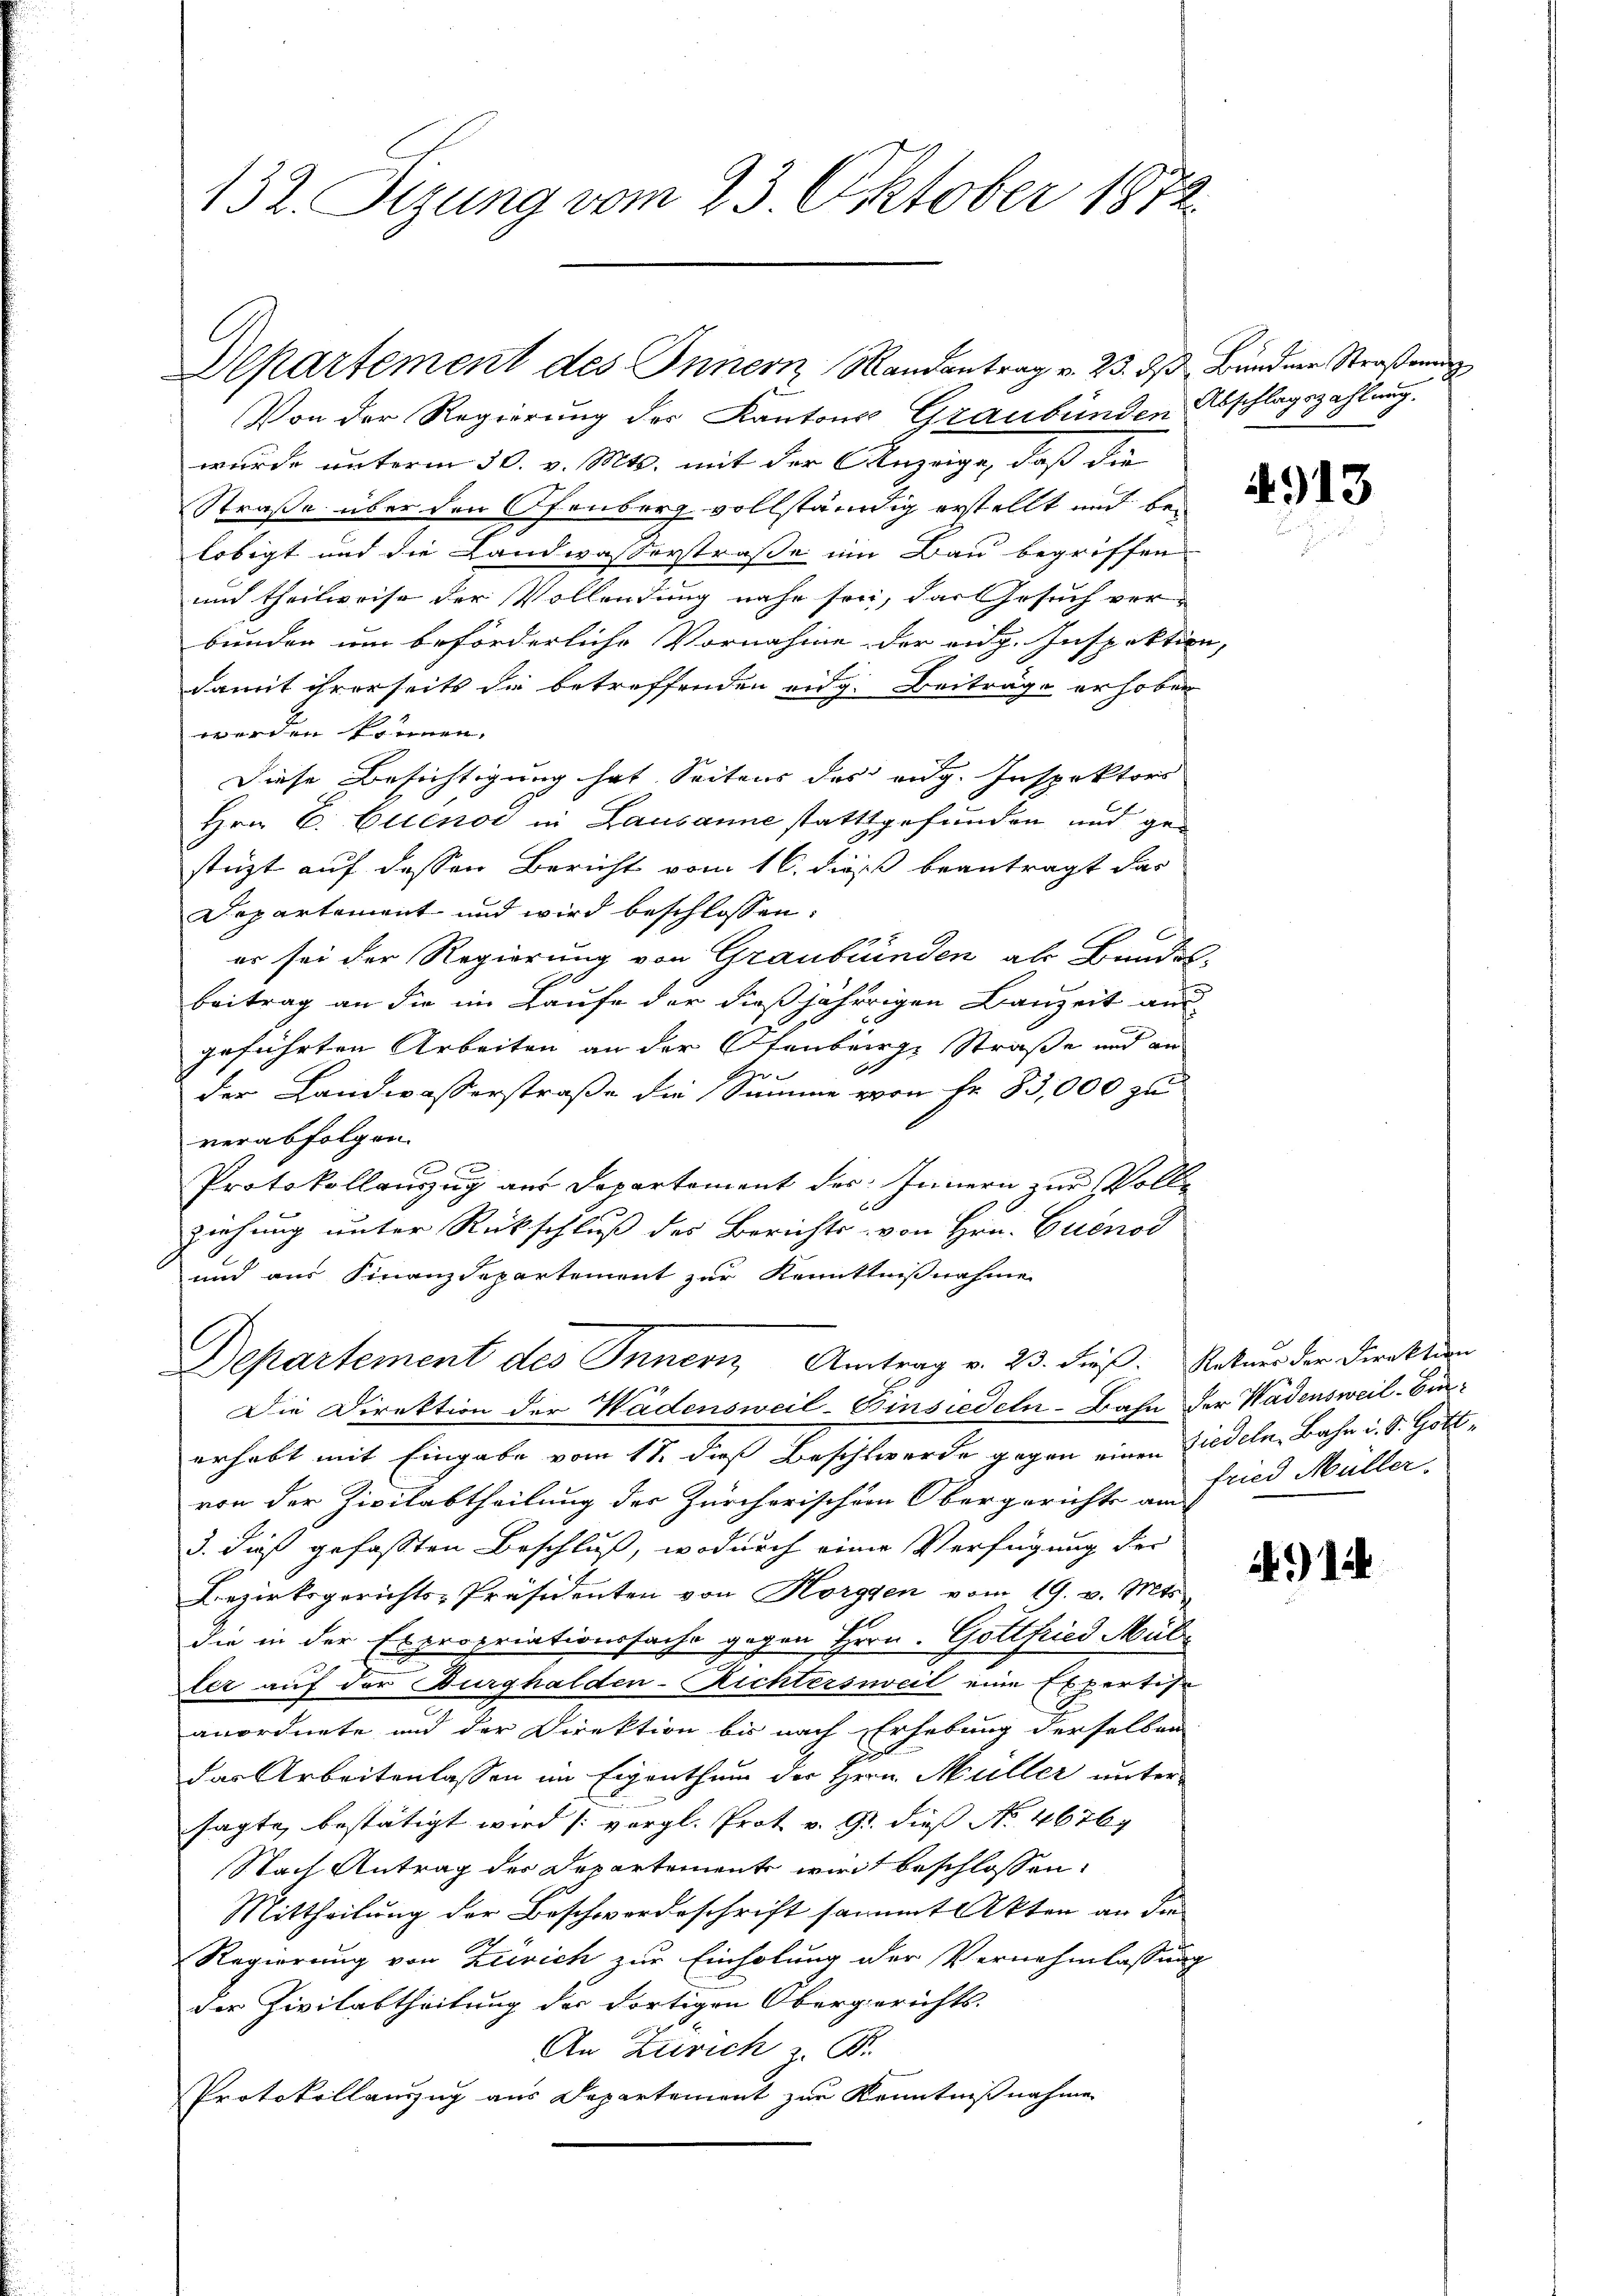
132. Sizung vom 23. Oktober 1872

Departement des Innern Mandantrag v. 23. ds Bundener Straßen

Von der Regierung des Kantons Graubünden Abschlagszahlung.
wurde unterm 30. v. Mts. mit der Anzeige, daß die
Straße über den Ofenberg vollständig erstellt und bei
lobigt und die Landwasserstraße im Bau begriffen.
auch theilweise der Vollendung nahe sei, das Gesuch ver-
bunden um beförderliche Vornahme der eidg. Inspektion,
damit ihrerseits de betreffenden eidg. Beiträge erhoben
wenden können,
Diese Besichtigung hat. Seitens des eidg. Inspektors
Hrn. C. Cleno in Lausanne stattgefunden und gestüzt auf dessen Bericht vom 16. dieß beantragt das
Departement und wird beschlossen:
er sei der Regierung von Graubünden als Bundes-
Beitrag an die im Laufe der dießjährigen Bauzeit aus
geführten Arbeiten an der Stenberge Straße und an
i
der Landwasserstraße die Summe von Fr. 83,000 zu
verabfolgen.
.
Protokollauszug aus Departement des Innern zur Volle
b
ziehung unter Rückschluß des Berichts von Hrn. Cuenod
und aus Finanzdepartement zur Kenntnißnahme
G
Separtement des Innern, Antrag v. 23. dieß: Rekurs der Direktion
Die Direktion der Wädensweil-Binsiedeln-Bahn der Wadensweil. Einerhebt mit Eingabe vom 17. dieß Beschlwerde gegen einen Liedeln, Bahn i. S. Gottvon der Zivilabtheilung der Zürcherischern Obergerichte am
3. dieß gefaßten Beschluß, wodurch einer Verfügung der
Bezirksgerichts-Präsidenten von Horggen vom 19. v. Mts.
die in der Expropriationssache gegen Hern. Gottfried Müller auf der Burghalden-Richtersweil eine Expertise
anordnete und der Direktion bis nach Erhebung derselben
2
das Arbeitenlassen im Eigenthum der Hrrn. Müller untersagte, bestätigt wird [vergl. Prot v. 9. dieß No. 4676
Stach Antrag der Departement wird beschlossen:
Mittheilung der Beschwordeschrift sammt Akten an die |
Regierung von Zürich zur Einholung der Vernehmlassung
der Zivilabtheilung der dortigen Obergerichts-
An Zürich. B
Protokollauszug aus Departement zur Kenntnißnahme

4913

4

fried Müller.

) 12